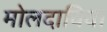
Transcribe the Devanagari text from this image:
मोलदाविया